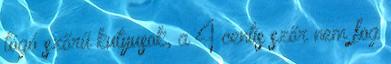
lógó szőrű kutyusok, a 4 centis szőr nem fog